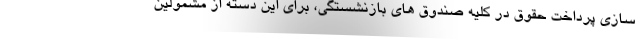
سازی پرداخت حقوق در کلیه صندوق های بازنشستگی، برای این دسته از مشمولین